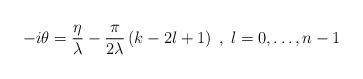
LaTeX: \begin{align*}-i\theta =\frac{\eta }{\lambda }-\frac{\pi }{2\lambda }\left( k-2l+1\right) \; ,\; l=0,\dots ,n-1\end{align*}